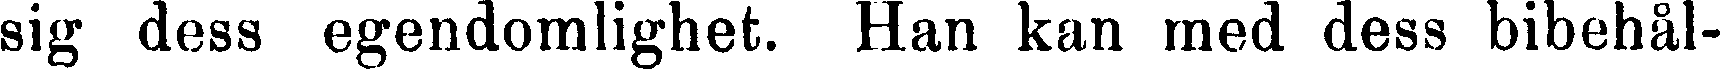
sig dess egendomlighet. Han kan med dess bibehål-